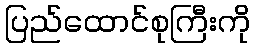
ပြည်ထောင်စုကြီးကို